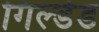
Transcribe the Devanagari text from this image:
गिल्डेड